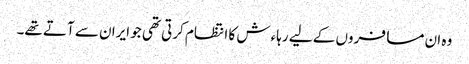
وہ ان مسافروں کے لیے رہاءش کا انتظام کرتی تھی جو ایران سے آتے تھے۔